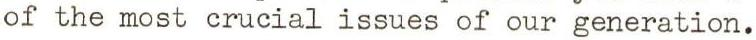
of the most crucial issues of our generation.